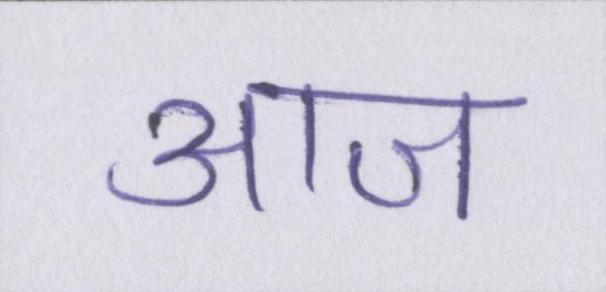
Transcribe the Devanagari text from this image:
आज